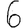
Digit: 6